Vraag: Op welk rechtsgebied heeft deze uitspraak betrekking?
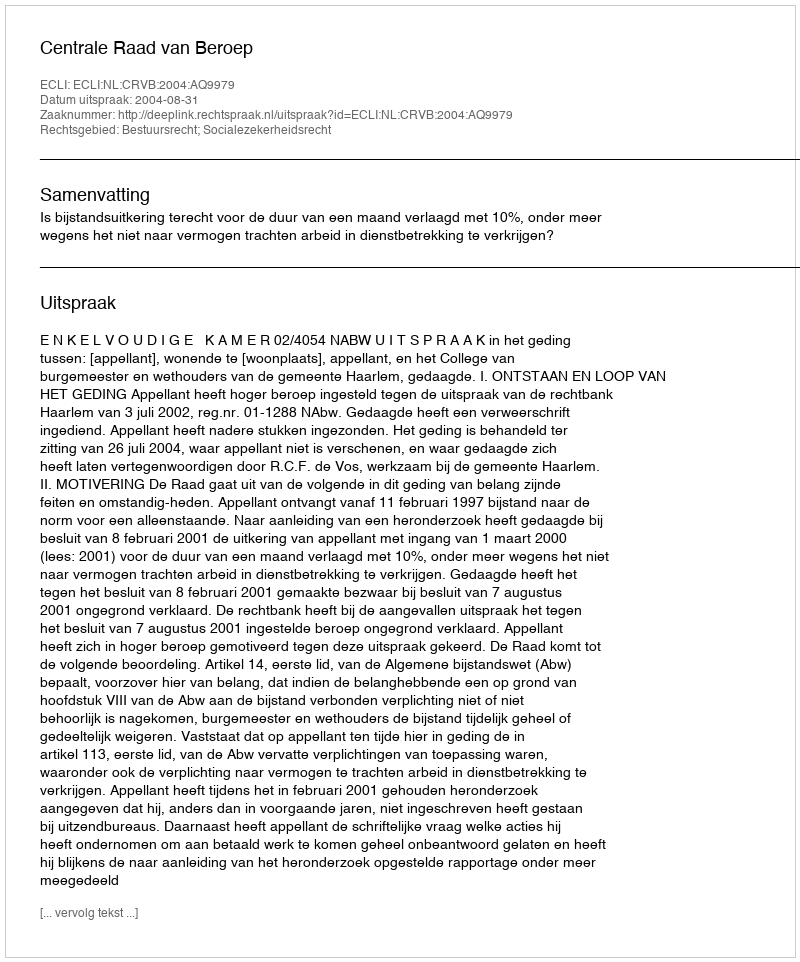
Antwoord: Bestuursrecht; Socialezekerheidsrecht